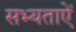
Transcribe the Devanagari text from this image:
सभ्यताऐं